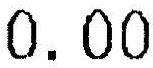
0.00